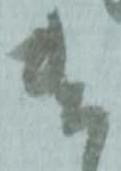
遣